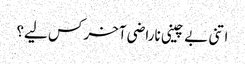
اتنی بے چینی ناراضی آخر کس لیے؟